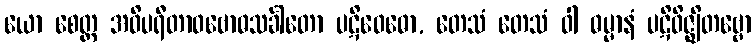
ယော စေတ္ထ အဝိပရီတာဝဗောဓသင်္ခါတော ပဋိဝေဓော, တေသံ တေသံ ဝါ ဓမ္မာနံ ပဋိဝိဇ္ဈိတဗ္ဗော